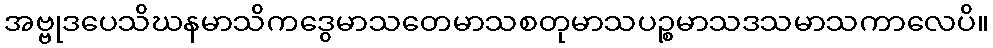
အဗ္ဗုဒပေသိဃနမာသိကဒွေမာသတေမာသစတုမာသပဉ္စမာသဒသမာသကာလေပိ။